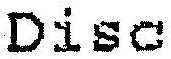
DISC